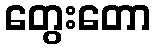
တွေးတော